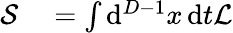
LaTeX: \begin{array}{rl}{{\mathcal{S}}}&{{}=\int\mathrm{d}^{D-1}x\, \mathrm{d}t{\mathcal{L}}}\end{array}